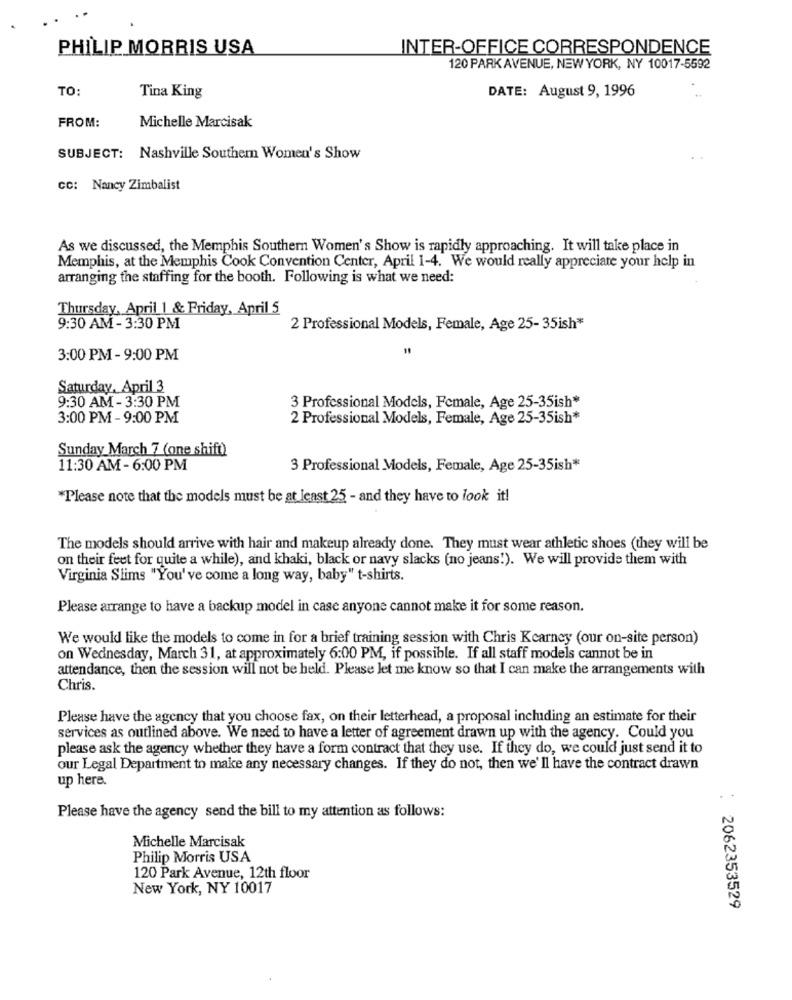
PHILIP MORRIS USA
INTER-OFFICE CORRESPONDENCE
120 PARK AVENUE, NEW YORK, NY 10017-5592
TO:
DATE: August 9, 1996
Tina King
FROM:
Michelle Marcisak
SUBJECT: Nashville Southern Women's Show
CC: Nancy Zimbalist
As we discussed, the Memphis Southern Women's Show is rapidly approaching. It will take place in
Memphis, at the Memphis Cook Convention Center, April 1-4. We would really appreciate your help in
arranging the staffing for the booth. Following is what we need:
Thursday, April 1 & Friday, April 5
9:30 AM - 3:30 PM
2 Professional Models, Female, Age 25- 35ish*
3:00 PM - 9:00 PM
Saturday, April 3
9:30 AM - 3:30 PM
3 Professional Models, Female, Age 25-35ish*
3:00 PM - 9:00 PM
2 Professional Models, Female, Age 25-35ish*
Sunday March 7 (one shift)
11:30 AM - 6:00 PM
3 Professional Models, Female, Age 25-35ish*
*Please note that the models must be at least 25 - and they have to look it!
The models should arrive with hair and makeup already done. They must wear athletic shoes (they will be
on their feet for quite a while), and khaki, black or navy slacks (no jeans!). We will provide them with
Virginia Slims "You've come a long way, baby" t-shirts.
Please arrange to have a backup model in case anyone cannot make it for some reason.
We would like the models to come in for a brief training session with Chris Kearney (our on-site person)
on Wednesday, March 31, at approximately 6:00 PM, if possible. If all staff models cannot be in
attendance, then the session will not be held. Please let me know so that I can make the arrangements with
Chris.
Please have the agency that you choose fax, on their letterhead, a proposal including an estimate for their
services as outlined above. We need to have a letter of agreement drawn up with the agency. Could you
please ask the agency whether they have a form contract that they use. If they do, we could just send it to
our Legal Department to make any necessary changes. If they do not, then we'll have the contract drawn
up here.
Please have the agency send the bill to my attention as follows:
Michelle Marcisak
Philip Morris USA
120 Park Avenue, 12th floor
New York, NY 10017
2062353529